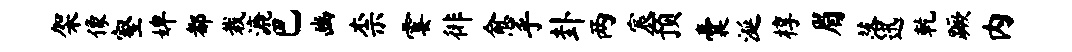
架像壑婢都栽漉巴豳柰霎徘愈乎卦两宸预囊涎椁眉落迅乾蹶内